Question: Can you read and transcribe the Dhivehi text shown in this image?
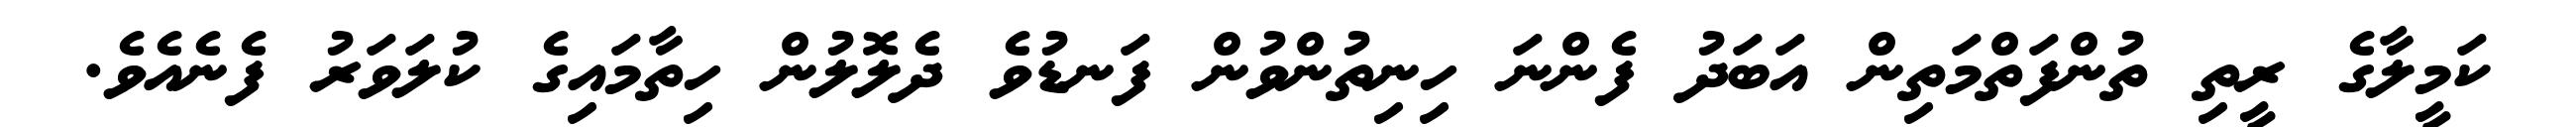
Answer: ކަމީލާގެ ރީތި ތުންފަތްމަތިން އަބަދު ފެންނަ ހިނިތުންވުން ފަނޑުވެ ދެލޮލުން ހިތާމައިގެ ކުލަވަރު ފެނެއެވެ.